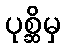
ပုစ္ဆိမှ